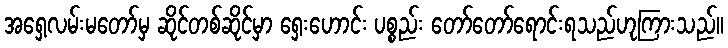
အရှေ့လမ်းမတော်မှ ဆိုင်တစ်ဆိုင်မှာ ရှေးဟောင်း ပစ္စည်း တော်တော်ရောင်းရသည်ဟုကြားသည်။